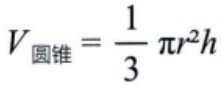
\(V_{圆锥}=\frac{1}{3}\pi r^{2}h\)